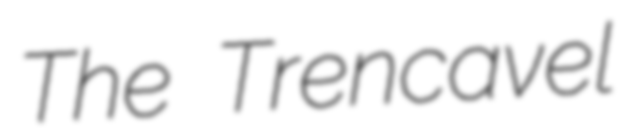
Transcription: The Trencavel